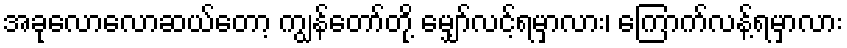
အခုလောလောဆယ်တော့ ကျွန်တော်တို့ မျှော်လင့်ရမှာလား၊ ကြောက်လန့်ရမှာလား